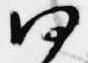
何